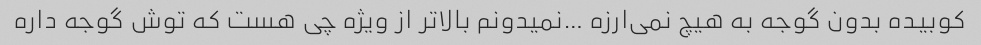
کوبیده بدون گوجه به هیچ نمی‌ارزه …نمیدونم بالاتر از ویژه چی هست که توش گوجه داره